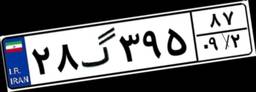
۲۸گ۳۹۵۸۷